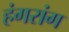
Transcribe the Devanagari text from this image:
हंगरांग